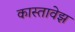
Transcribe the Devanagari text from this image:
कास्तावेझ